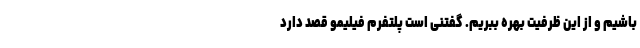
باشیم و از این ظرفیت بهره ببریم. گفتنی است پلتفرم فیلیمو قصد دارد